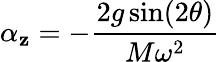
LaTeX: \alpha_{\mathbf{z}}=-\frac{{2g\sin(2\theta)}}{{M\omega^{2}}}